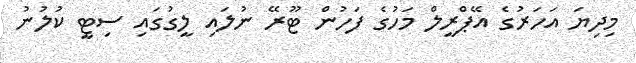
މިދިޔަ އަހަރުގެ އޭޕްރީލް މަހުގެ ފަހުން ޓޫރޭ ނުލައި ލީގުގައި ސިޓީ ކުލުނު